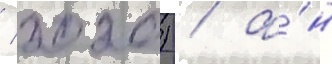
/ 2020) / а́н